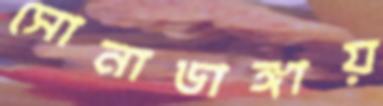
সোনাডাঙ্গায়